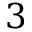
3